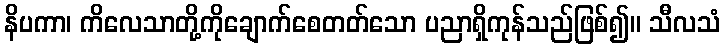
နိပကာ၊ ကိလေသာတို့ကိုချောက်စေတတ်သော ပညာရှိကုန်သည်ဖြစ်၍။ သီလသံ